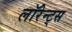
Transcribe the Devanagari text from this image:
लॉरेन्ट्स